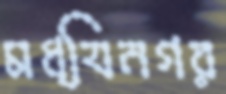
মধ্যিনগর